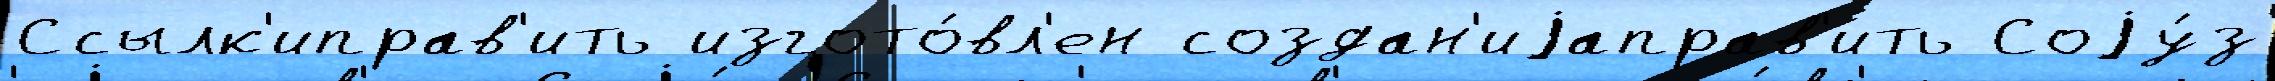
Ссылк'иправ'ить изгото́вл'ен создан'иjаправ'ить Соjу́з